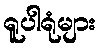
ရူပါရုံများ